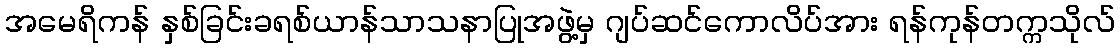
အမေရိကန် နှစ်ခြင်းခရစ်ယာန်သာသနာပြုအဖွဲ့မှ ဂျပ်ဆင်ကောလိပ်အား ရန်ကုန်တက္ကသိုလ်